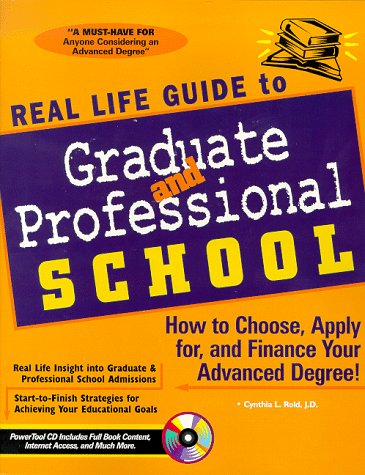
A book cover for Real Life Guide to Graduate & Professional School: How to Choose, Apply for, and Finance Your Advanced Degree!; Kerry Foster; Test Preparation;